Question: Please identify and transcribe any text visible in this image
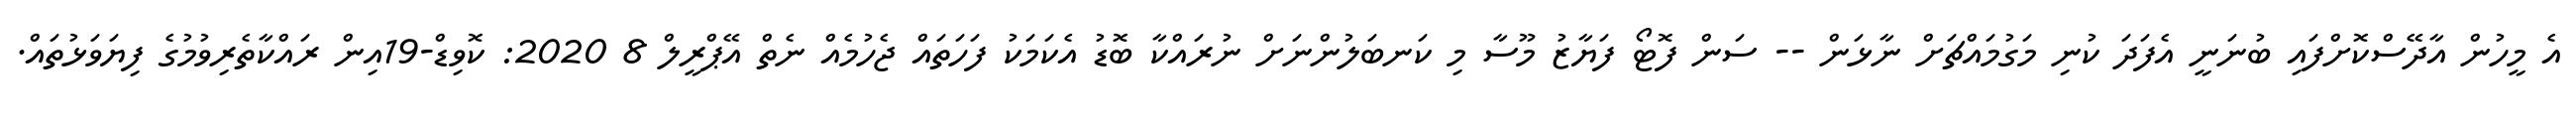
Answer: އެ މީހުން އާދޭސްކޮށްފައި ބުނަނީ އެފަދަ ކުނި މަގުމައްޗަށް ނާޅަން -- ސަން ފޮޓޯ ފަޔާޒު މޫސާ މި ކަނބަލުންނަށް ނުރައްކާ ބޮޑު އެކަމަކު ފަހަތައް ޖެހުމެއް ނެތް އޭޕްރީލް 8 2020: ކޮވިޑް-19އިން ރައްކާތެރިވުމުގެ ފިޔަވަޅުތައް.